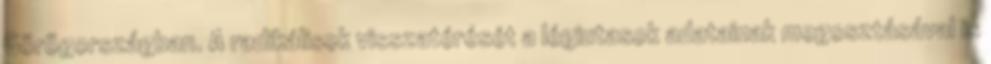
Görögországban. A radikálisok visszatérését a légiutasok adatainak megosztásával is